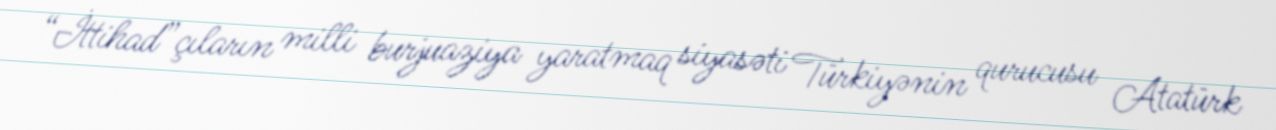
“İttihad”çıların milli burjuaziya yaratmaq siyasəti Türkiyənin qurucusu Atatürk